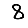
Digit: 8